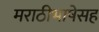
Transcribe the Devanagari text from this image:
मराठीभाषेसह